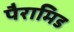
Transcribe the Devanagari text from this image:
पैरामिड